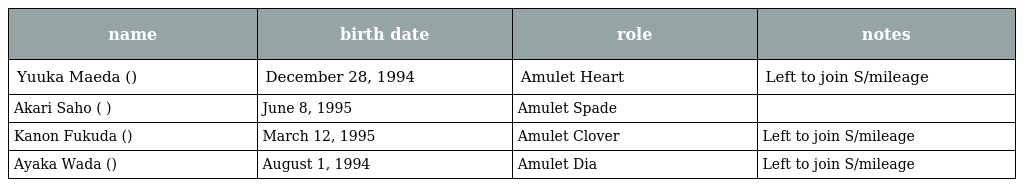
| name | birth date | role | notes |
 | --- | --- | --- | --- |
 | Yuuka Maeda (前田憂佳) | December 28, 1994 | Amulet Heart | Left to join S/mileage |
 | Akari Saho (佐保 明梨) | June 8, 1995 | Amulet Spade |  |
 | Kanon Fukuda (福田花音) | March 12, 1995 | Amulet Clover | Left to join S/mileage |
 | Ayaka Wada (和田彩花) | August 1, 1994 | Amulet Dia | Left to join S/mileage |